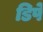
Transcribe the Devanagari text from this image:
डिपे